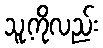
သူ့ကိုလည်း